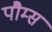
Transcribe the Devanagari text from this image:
पौम्स